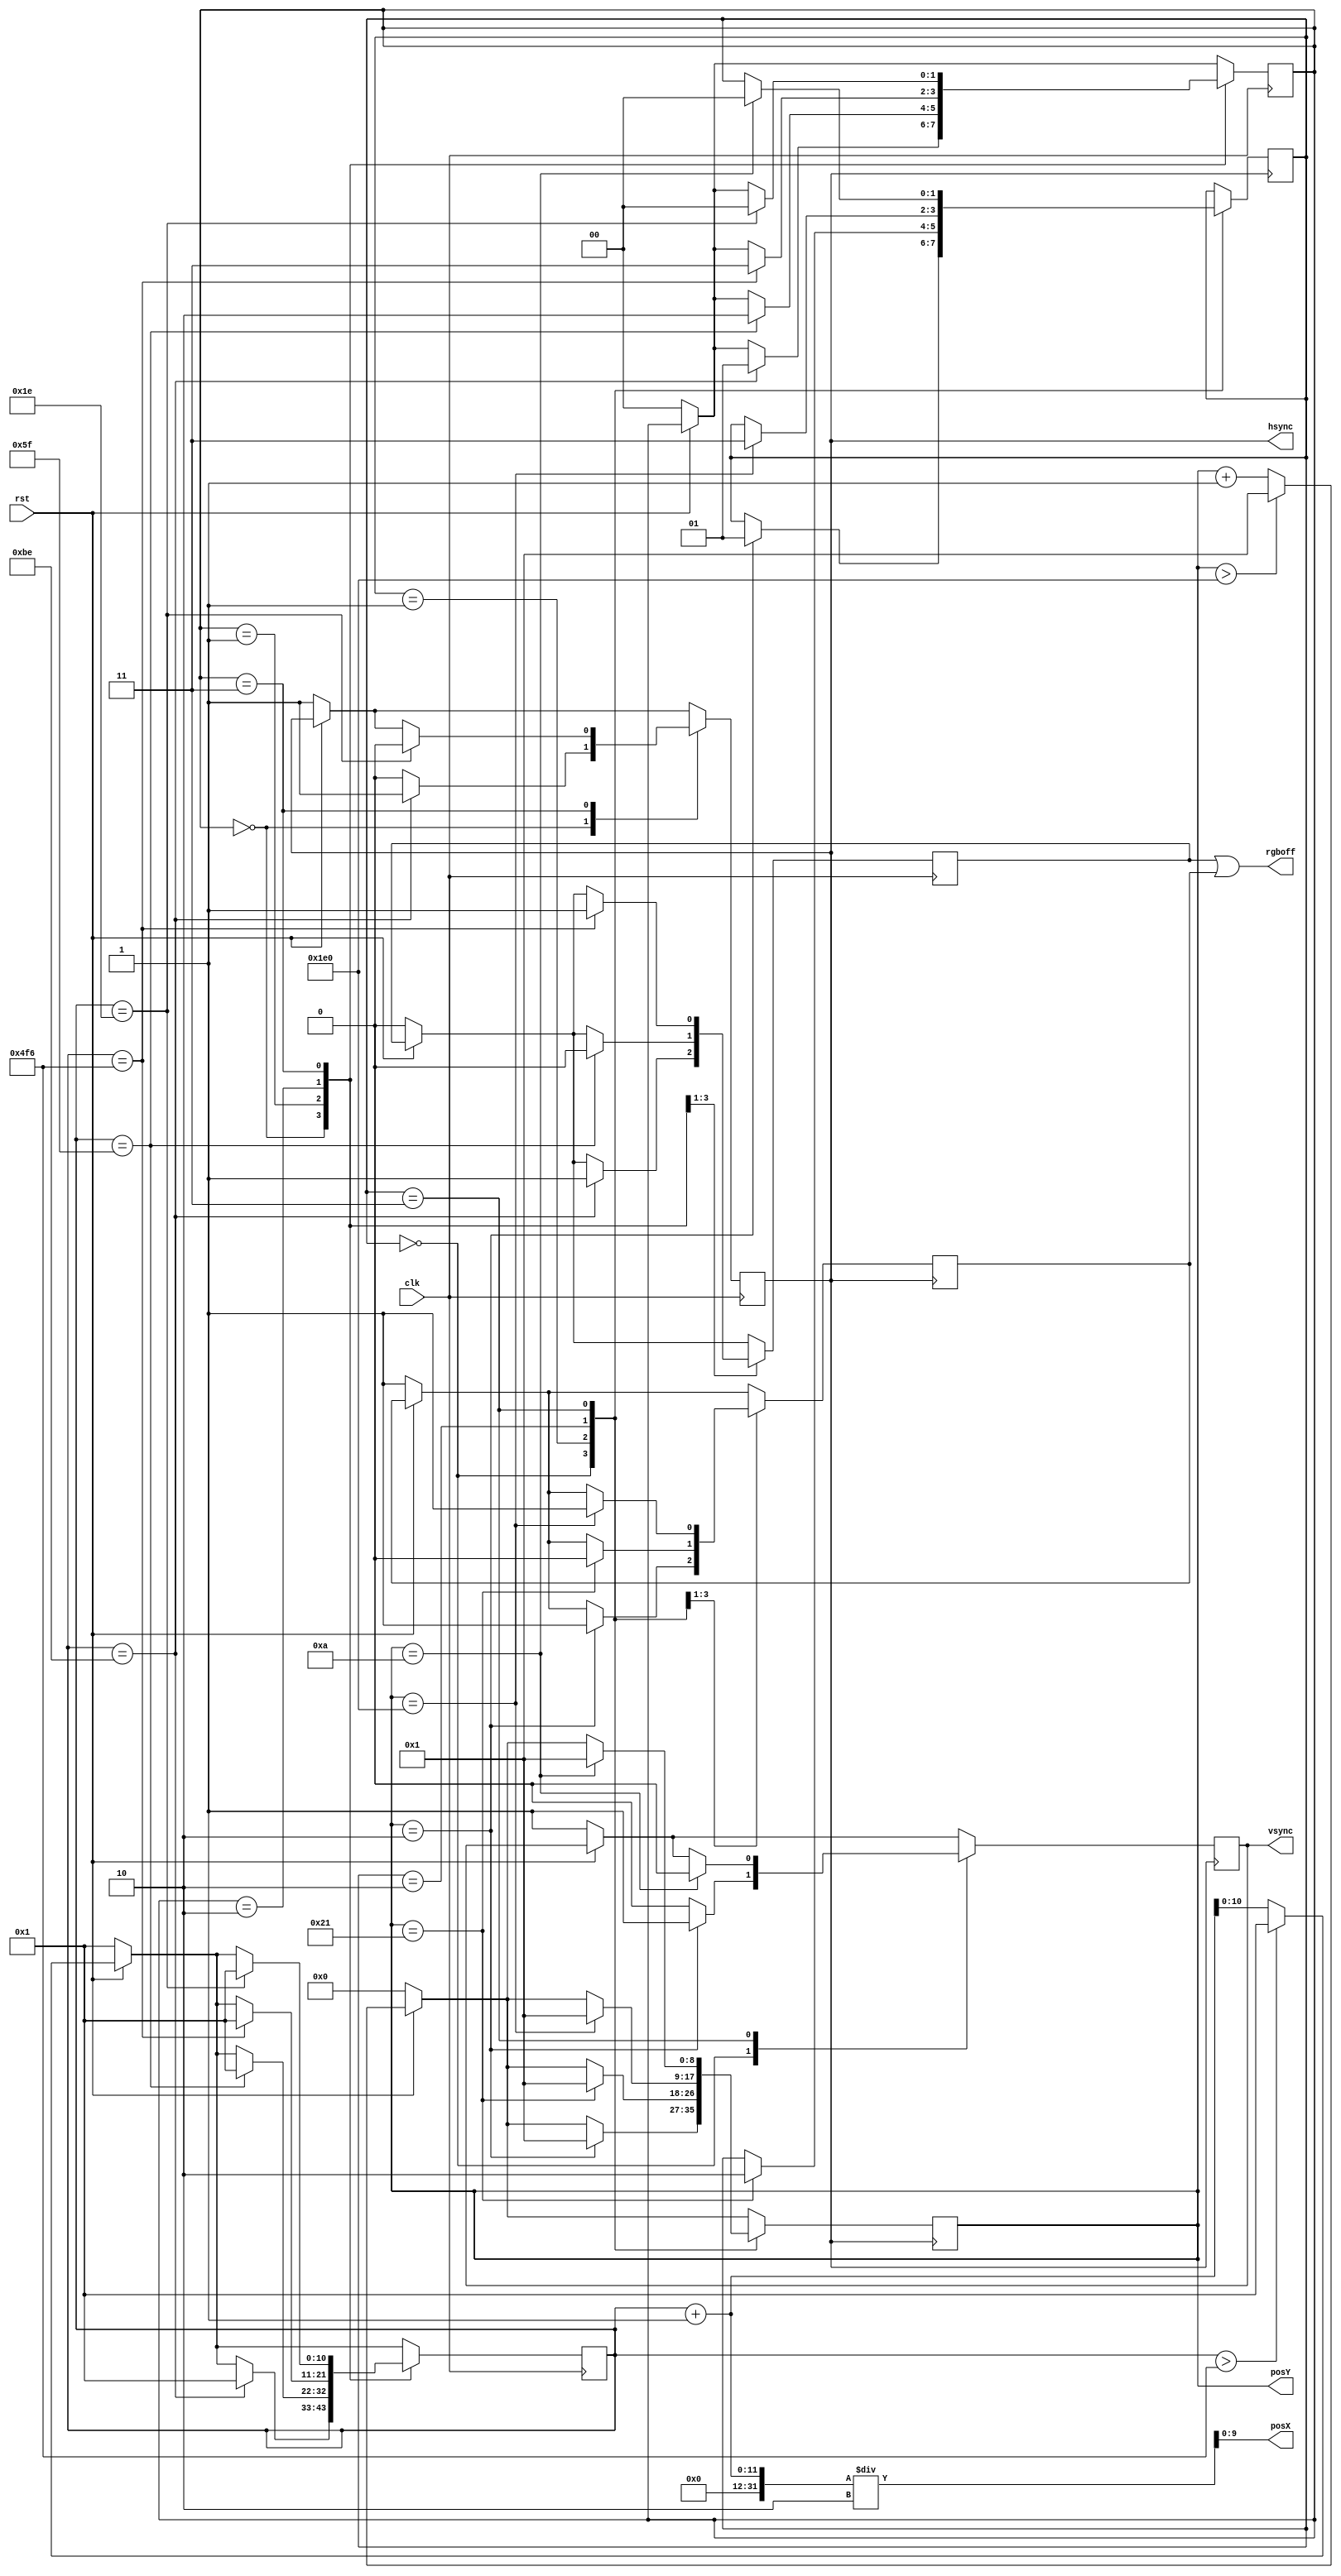
module hvsyncgenerator(clk, rst, hsync, vsync, rgboff, posX, posY);
input clk, rst;
output hsync, vsync, rgboff;
output [9:0] posX;
output [8:0] posY;
reg hsync, vsync, hrgboff, vrgboff;
reg [1:0] state, vstate;
reg [10:0] cnt;
reg [8:0] posY;

initial begin
	hsync = 0;
	vsync = 0;
    hrgboff = 1;
    vrgboff = 1;
	cnt = 1;
    posY = 0;
    state = 0;
    vstate = 0;
end

assign rgboff = hrgboff | vrgboff;
assign posX = (cnt + 1)/2;

always @(posedge clk) begin
	if (!rst) begin
		hsync <= 1;
		hrgboff <= 0;
		cnt <= 1;
		state <= 0;
	end
	else begin
		if (cnt > 1270) cnt <= 1;
		else cnt <= cnt + 1;
	end
	
	case (state)
		0:	begin
				hsync <= 0;
				if (cnt == 190) begin
					hsync <= 1;
					hrgboff <= 1;
					cnt <= 1;
					state <= 1;
				end
			end
		1:	begin
				if (cnt == 95) begin
					hrgboff <= 0;
					cnt <= 1;
					state <= 2;
				end
			end
		2:	begin
				if (cnt == 1270) begin
					hrgboff <= 1;
					cnt <= 1;
					state <= 3;
				end
			end
		3:	begin
				if (cnt == 30) begin
					hsync <= 0;
					cnt <= 1;
					state <= 0;
				end
			end
	endcase
end

always @(posedge hsync) begin
	if (!rst) begin
		vsync <= 1;
		vrgboff <= 1;
		posY <= 0;
	end
	else begin
		if (posY > 480) posY <= 1;
		else posY <= posY + 1;
	end
	
	case (vstate)
		0:	begin
				vsync <= 0;
				if (posY == 2) begin
					vsync <= 1;
					vrgboff <= 1;
					posY <= 1;
					vstate <= 1;
				end
			end
		1:  begin
				if (posY == 33) begin
					vrgboff <= 0;
					posY <= 1;
					vstate <= 2;
				end
			end
		2:  begin
				if (posY == 480) begin
					vrgboff <= 1;
					posY <= 1;
					vstate <= 3;
				end
			end
		3:  begin
				if (posY == 10) begin
					vsync <= 0;
					posY <= 1;
					vstate <= 0;
				end
			end
	endcase
end

endmodule